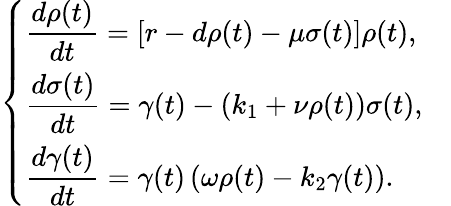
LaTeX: \left\{ \begin{array}{ll}{\displaystyle\frac{d\rho(t)}{dt}=\left[r-d\rho(t)-\mu\sigma(t)\right]\rho(t),}&\\ {\displaystyle\frac{d\sigma(t)}{dt}=\gamma(t)-\left(k_{1}+\nu\rho(t)\right)\sigma(t),}&\\ {\displaystyle\frac{d\gamma(t)}{dt}=\gamma(t)\left(\omega\rho(t)-k_{2}\gamma(t)\right).}\end{array}\right.